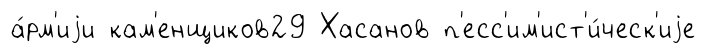
а́рм'иjи кам'енщиков29 Хасанов п'есс'им'ист'и́ческ'иjе